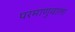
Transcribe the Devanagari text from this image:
परमाणुवाला